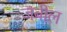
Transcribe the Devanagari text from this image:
जबील